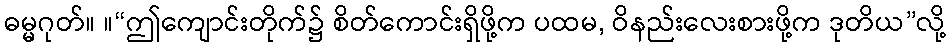
ဓမ္မဂုတ်။ ။“ဤကျောင်းတိုက်၌ စိတ်ကောင်းရှိဖို့က ပထမ, ဝိနည်းလေးစားဖို့က ဒုတိယ”လို့